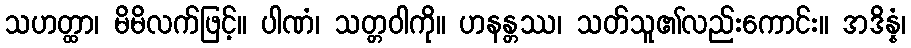
သဟတ္ထာ၊ မိမိလက်ဖြင့်။ ပါဏံ၊ သတ္တဝါကို။ ဟနန္တဿ၊ သတ်သူ၏လည်းကောင်း။ အဒိန္နံ၊